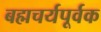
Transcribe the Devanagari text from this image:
बह्मचर्यपूर्वक